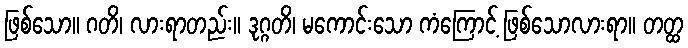
ဖြစ်သော။ ဂတိ၊ လားရာတည်း။ ဒုဂ္ဂတိ၊ မကောင်းသော ကံကြောင့် ဖြစ်သောလားရာ။ တတ္ထ